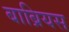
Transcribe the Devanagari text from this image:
बाब्रियस